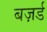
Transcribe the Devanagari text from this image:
बज़र्ड